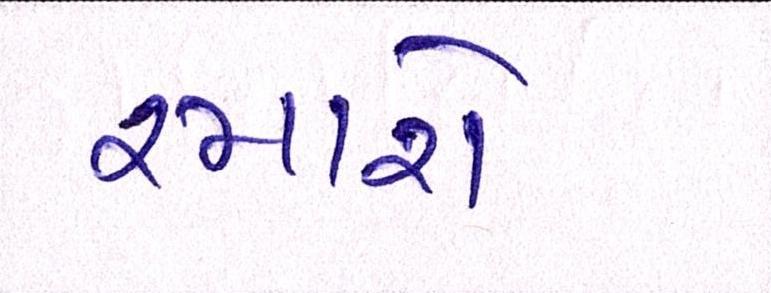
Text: રમાશે